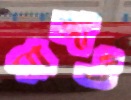
মাজাও